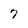
Character: 7